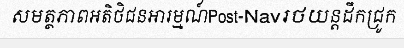
សមត្ថភាពអតិថិជនអារម្មណ៍Post-Navរថយន្តដឹកជ្រូក